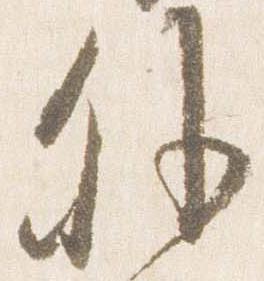
外